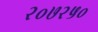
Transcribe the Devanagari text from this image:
२०७२५०